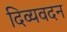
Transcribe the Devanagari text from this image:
दिव्यवदन